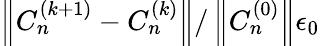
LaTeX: \left\| {C_{n}^{\left({k+1}\right)}-C_{n}^{\left(k\right)}}\right\| /\left\| C_{n}^{\left({0}\right)}\right\| \le\epsilon_{0}